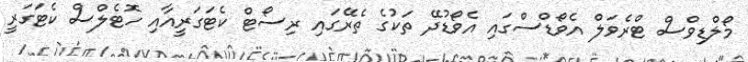
މޯލްޑިވްސް ޓްރެވަލް އެވޯޑްސްގައި އެވޯޑުދޭ ތަކުގެ ތެރޭގައި ރިސޯޓް ކެޓަގަރީއާއި ހޮޓެލްސް ކެޓަގަރީ